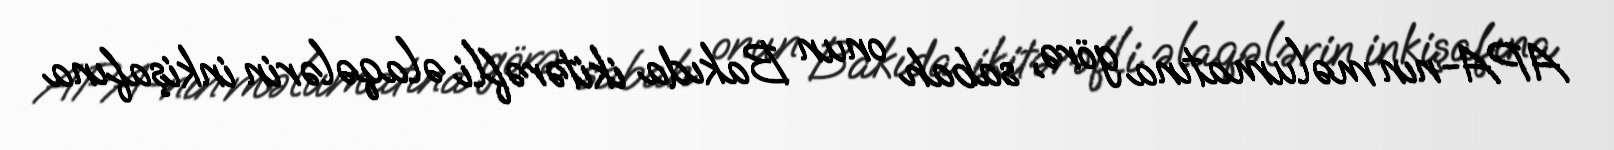
APA-nın məlumatına görə, sabah onun Bakıda ikitərəfli əlaqələrin inkişafına